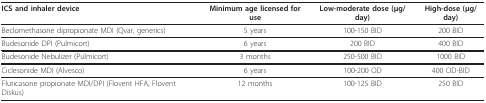
<table><thead><tr><td><b>ICS and inhaler device</b></td><td><b>Minimum age licensed for use</b></td><td><b>Low-moderate dose (μg/day)</b></td><td><b>High-dose (μg/day)</b></td></tr></thead><tbody><tr><td>Beclomethasone dipropionate MDI (Qvar, generics)</td><td>5 years</td><td>100-150 BID</td><td>200 BID</td></tr><tr><td>Budesonide DPI (Pulmicort)</td><td>6 years</td><td>200 BID</td><td>400 BID</td></tr><tr><td>Budesonide Nebulizer (Pulmicort)</td><td>3 months</td><td>250-500 BID</td><td>1000 BID</td></tr><tr><td>Ciclesonide MDI (Alvesco)</td><td>6 years</td><td>100-200 OD</td><td>400 OD-BID</td></tr><tr><td>Fluticasone propionate MDI/DPI (Flovent HFA, Flovent Diskus)</td><td>12 months</td><td>100-125 BID</td><td>250 BID</td></tr></tbody></table>